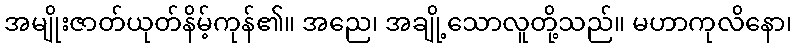
အမျိုးဇာတ်ယုတ်နိမ့်ကုန်၏။ အညေ၊ အချို့သောလူတို့သည်။ မဟာကုလိနော၊